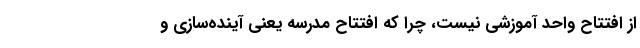
از افتتاح واحد آموزشی نیست، چرا که افتتاح مدرسه یعنی آینده‌سازی و